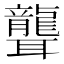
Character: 聾